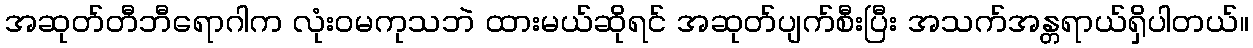
အဆုတ်တီဘီရောဂါက လုံးဝမကုသဘဲ ထားမယ်ဆိုရင် အဆုတ်ပျက်စီးပြီး အသက်အန္တရာယ်ရှိပါတယ်။